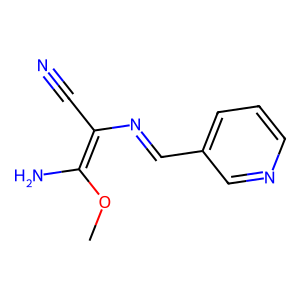
SMILES: COC(N)=C(C#N)N=Cc1cccnc1
Inhibits HIV replication: No